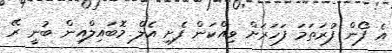
އެ ފޯން ފުރަތަމަ ފަހަރަށް ވިއްކަން ފެށި އެލް މޮބައިލްއިން ބުނީ ރޭ